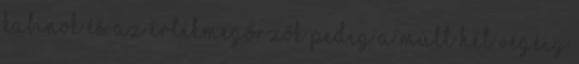
kabinok és az értékmegőrzők pedig a múlt hét végéig